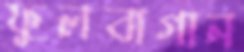
ফুলবাগান